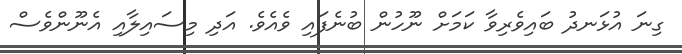
ގިނަ އުޅަނދު ބައިވެރިވާ ކަމަށް ނޫހުން ބުނެފައި ވެއެވެ. އަދި މިސައިލާއި އެނޫންވެސް